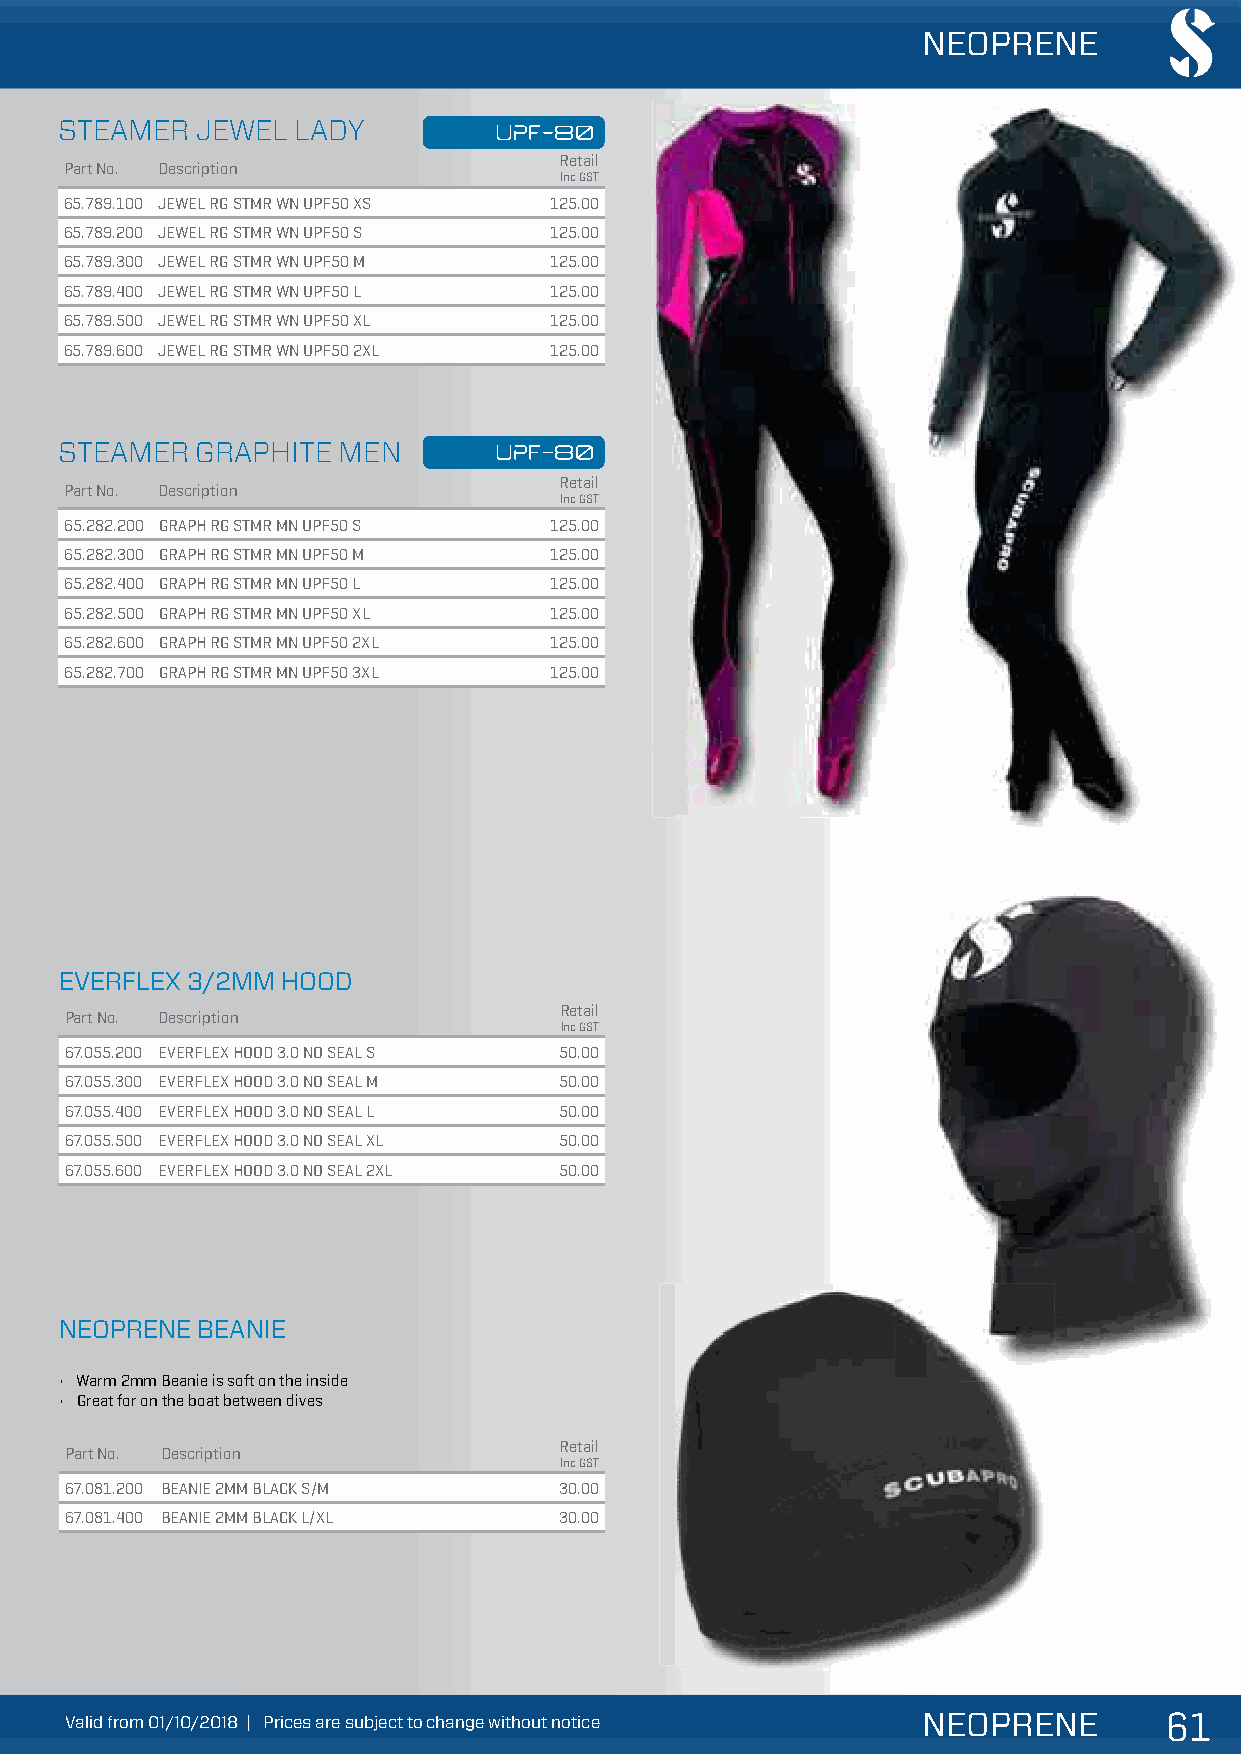
NEOPRENE
 STEAMER  JEWEL LADY
 Retail
 Part No. Description
 Inc GST
 65.789.100 JEWEL RG STMR WN UPF50 XS 125.00
 65.789.200 JEWEL RG STMR WN UPF50 S 125.00
 65.789.300 JEWEL RG STMR WN UPF50 M 125.00
 65.789.400 JEWEL RG STMR WN UPF50 L 125.00
 65.789.500 JEWEL RG STMR WN UPF50 XL 125.00
 65.789.600 JEWEL RG STMR WN UPF50 2XL 125.00
 STEAMER  GRAPHITE MEN
 Retail
 Part No. Description
 Inc GST
 65.282.200 GRAPH RG STMR MN UPF50 S 125.00
 65.282.300 GRAPH RG STMR MN UPF50 M 125.00
 65.282.400 GRAPH RG STMR MN UPF50 L 125.00
 65.282.500 GRAPH RG STMR MN UPF50 XL 125.00
 65.282.600 GRAPH RG STMR MN UPF50 2XL 125.00
 65.282.700 GRAPH RG STMR MN UPF50 3XL 125.00
 EVERFLEX 3/2MM HOOD
 Retail
 Part No. Description
 Inc GST
 67.055.200 EVERFLEX HOOD 3.0 NO SEAL S 50.00
 67.055.300 EVERFLEX HOOD 3.0 NO SEAL M 50.00
 67.055.400 EVERFLEX HOOD 3.0 NO SEAL L 50.00
 67.055.500 EVERFLEX HOOD 3.0 NO SEAL XL 50.00
 67.055.600 EVERFLEX HOOD 3.0 NO SEAL 2XL 50.00
 NEOPRENE BEANIE
 • Warm 2mm Beanie is soft on the inside
 • Great for on the boat between dives
 Retail
 Part No. Description
 Inc GST
 67.081.200 BEANIE 2MM BLACK S/M  30.00
 67.081.400 BEANIE 2MM BLACK L/XL 30.00
 VVVaaallliiiddd fffrrrooommm 000111///111000///222000111888 ||| PPPrrriiiccceeesss aaarrreee sssuuubbbjjjeeecccttt tttooo ccchhhaaannngggeee wwwiiittthhhooouuuttt nnnoootttiiiccceee NEOPRENE 666111